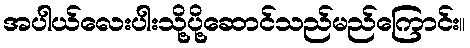
အပါယ်လေးပါးသို့ပို့ဆောင်သည်မည်ကြောင်း။